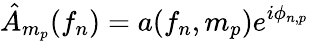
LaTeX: \hat{A}_{m_{p}}(f_{n})=a(f_{n},m_{p})e^{i\phi_{n,p}}